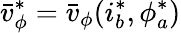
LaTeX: \bar{v}_{\phi}^{*}=\bar{v}_{\phi}(i_{b}^{*},\phi_{a}^{*})